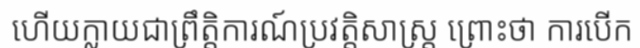
ហើយក្លាយជាព្រឹត្តិការណ៍ប្រវត្តិសាស្ត្រ ព្រោះថា ការបើក